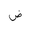
Letter: _dad